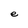
Character: e